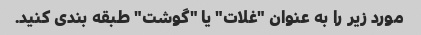
مورد زیر را به عنوان "غلات" یا "گوشت" طبقه بندی کنید.